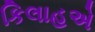
કિલાહએ